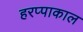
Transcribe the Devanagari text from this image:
हरप्पाकाल